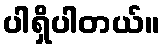
ပါရှိပါတယ်။